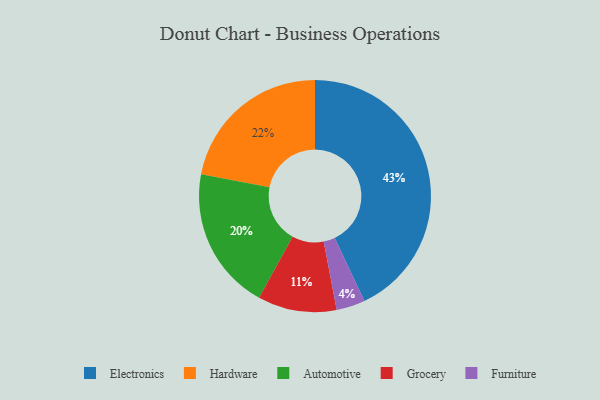
{"axis": {"x": "Category", "y": "Percentage"}, "legend": ["Automotive", "Electronics", "Furniture", "Grocery", "Hardware"], "data": [{"x": "Grocery", "y": 11, "type": "Grocery"}, {"x": "Electronics", "y": 43, "type": "Electronics"}, {"x": "Automotive", "y": 20, "type": "Automotive"}, {"x": "Hardware", "y": 22, "type": "Hardware"}, {"x": "Furniture", "y": 4, "type": "Furniture"}]}